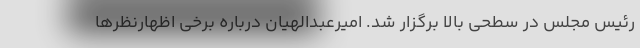
رئیس مجلس در سطحی بالا برگزار شد. امیرعبدالهیان درباره برخی اظهارنظرها